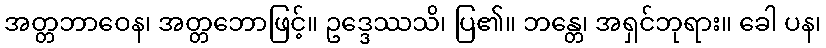
အတ္တဘာဝေန၊ အတ္တဘောဖြင့်။ ဥဒ္ဒေဿသိ၊ ပြ၏။ ဘန္တေ၊ အရှင်ဘုရား။ ခေါ ပန၊